Vaccination in the Punjab 1883-1896 - 1883-1896
Year: 1883
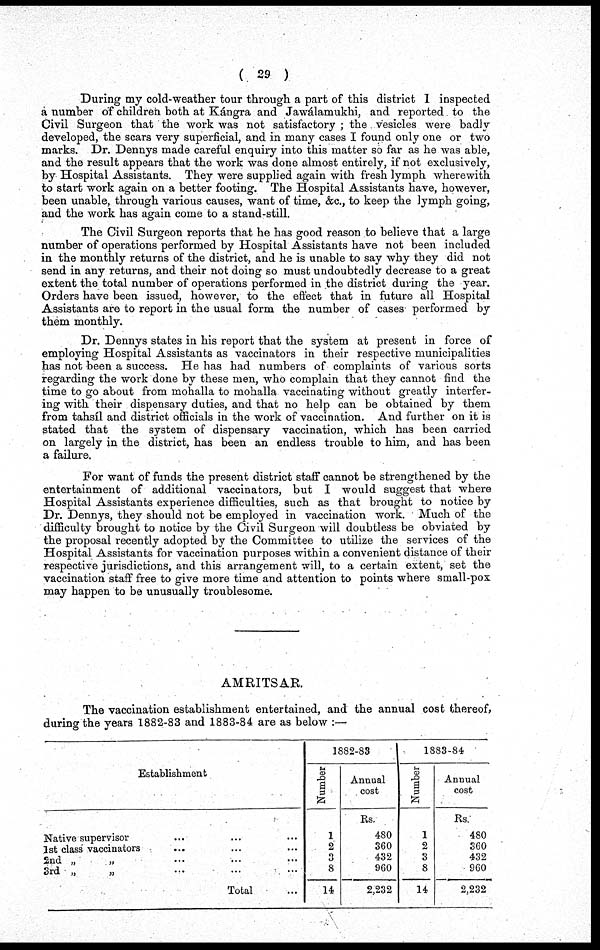
( 29 )
During my cold-weather tour through a part of this district I inspected
a number of children both at Kángra and Jawálamukhi, and reported to the
Civil Surgeon that the work was not satisfactory ; the vesicles were badly
developed, the scars very superficial, and in many cases I found only one or two
marks. Dr. Dennys made careful enquiry into this matter so far as he was able,
and the result appears that the work was done almost entirely, if not exclusively,
by Hospital Assistants. They were supplied again with fresh lymph wherewith
to start work again on a better footing. The Hospital Assistants have, however,
been unable, through various causes, want of time, &c, to keep the lymph going,
and the work has again come to a stand-still.
The Civil Surgeon reports that he has good reason to believe that a large
number of operations performed by Hospital Assistants have not been included
in the monthly returns of the district, and he is unable to say why they did not
send in any returns, and their not doing so must undoubtedly decrease to a great
extent the total number of operations performed in the district during the year.
Orders have been issued, however, to the effect that in future all Hospital
Assistants are to report in the usual form the number of cases performed by
them monthly.
Dr. Dennys states in his report that the system at present in force of
employing Hospital Assistants as vaccinators in their respective municipalities
has not been a success. He has had numbers of complaints of various sorts
regarding the work done by these men, who complain that they cannot find the
time to go about from mohalla to mohalla vaccinating without greatly interfer-
ing with their dispensary duties, and that no help can be obtained by them
from tahsíl and district officials in the work of vaccination. And further on it is
stated that the system of dispensary vaccination, which has been carried
on largely in the district, has been an endless trouble to him, and has been
a failure.
For want of funds the present district staff cannot be strengthened by the
entertainment of additional vaccinators, but I would suggest that where
Hospital Assistants experience difficulties, such as that brought to notice by
Dr. Dennys, they should not be employed in vaccination work. Much of the
difficulty brought to notice by the Civil Surgeon will doubtless be obviated by
the proposal recently adopted by the Committee to utilize the services of the
Hospital Assistants for vaccination purposes within a convenient distance of their
respective jurisdictions, and this arrangement will, to a certain extent, set the
vaccination staff free to give more time and attention to points where small-pox
may happen to be unusually troublesome.
AMRITSAR.
The vaccination establishment entertained, and the annual cost thereof,
during the years 1882-83 and 1883-84 are as below :—
Establishment
Native supervisor ... ... ...
1st class vaccinators ... ... ...
2nd „ „ ... ... ...
3rd „
„ ... ... ...
Total ...
1882-83
Number
1
2
3
8
14
Annual
cost
Rs.
480
360
432
960
2,232
1883-84
Number
1
2
3
8
14
Animal
cost
Rs.
480
360
432
960
2,232